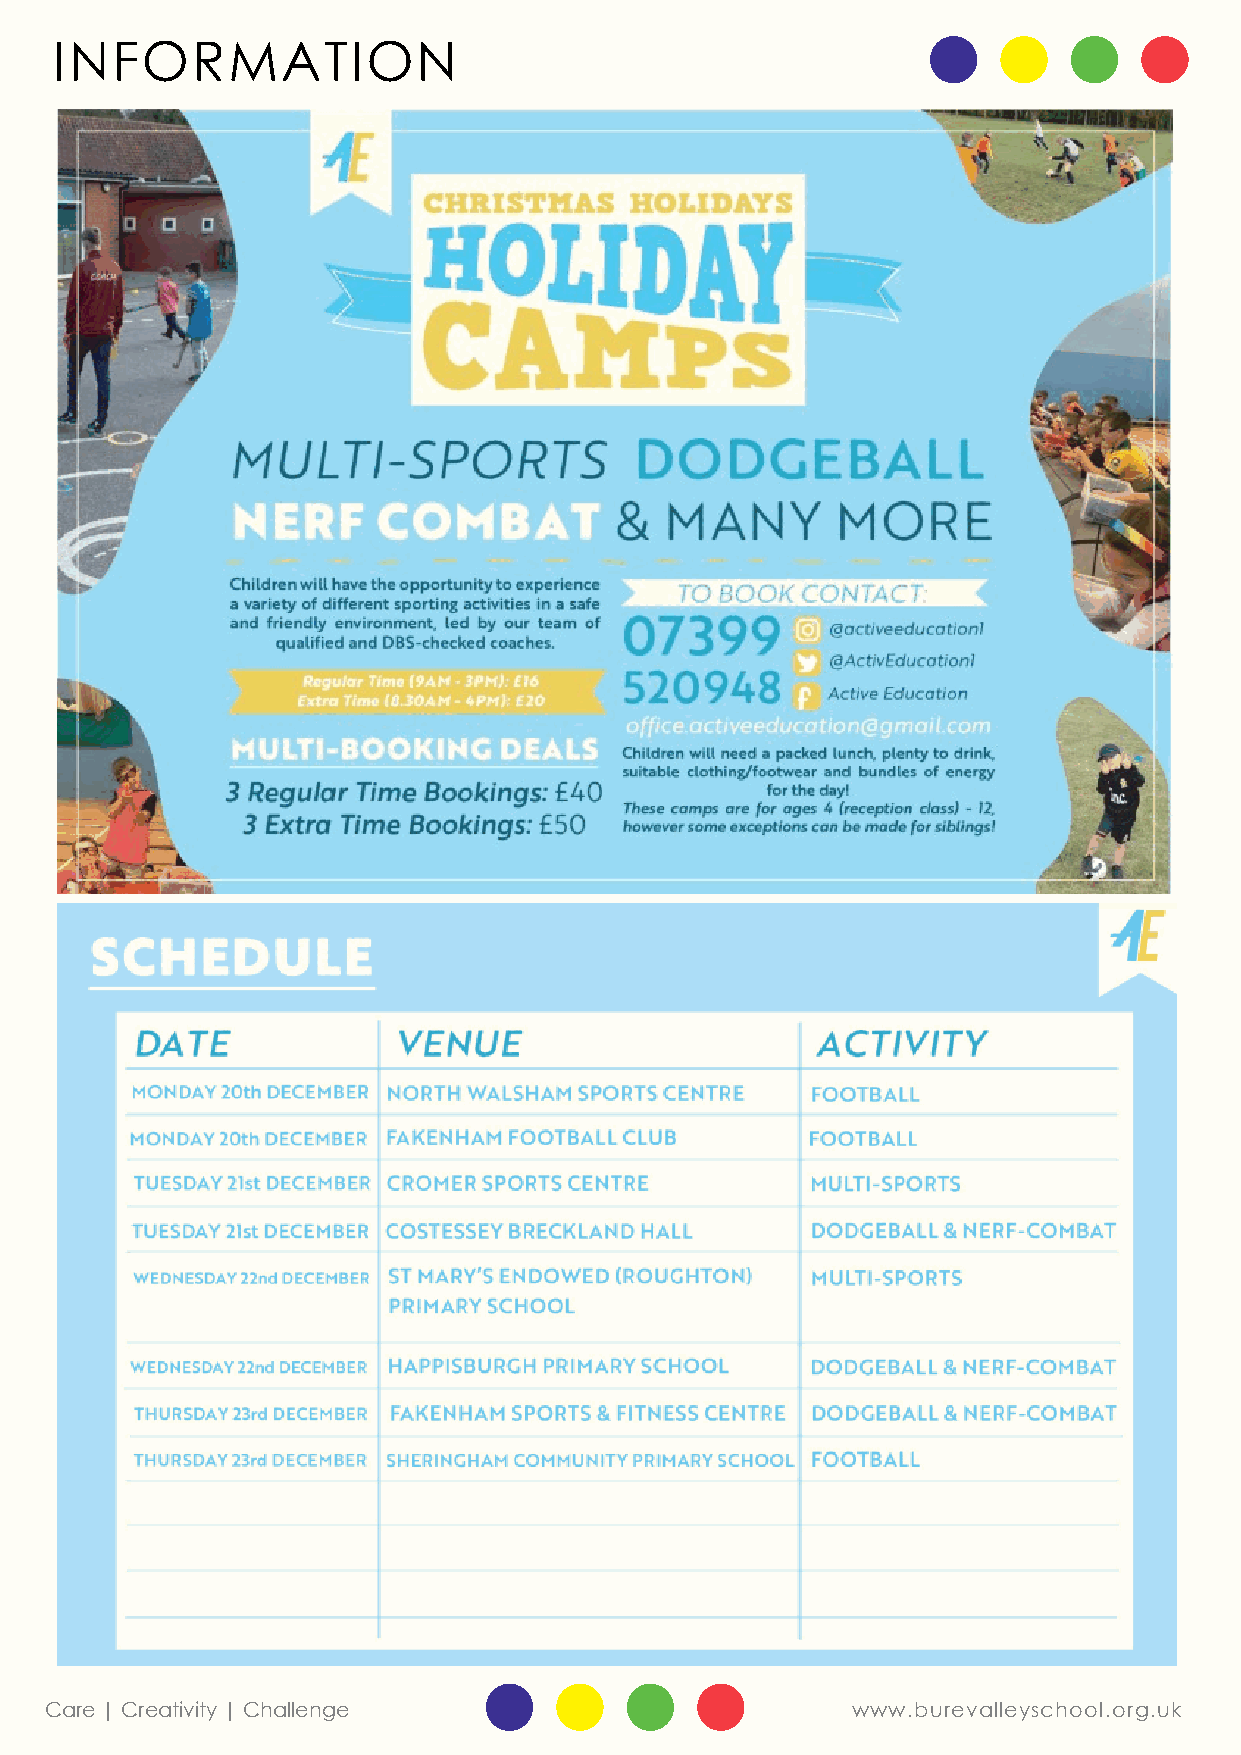
INFORMATION
 Care | Creativity | Challenge                        www.burevalleyschool.org.uk